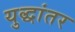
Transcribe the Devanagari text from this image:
युद्धांतर